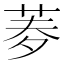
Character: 𦰀